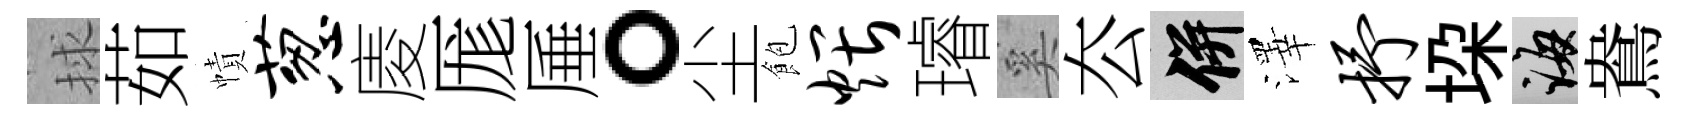
捄茹幘葱庱厖厜。尘飽煨璿奚厺并澤抒垜誨鴦